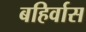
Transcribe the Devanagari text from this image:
बहिर्वास